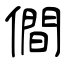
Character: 僴